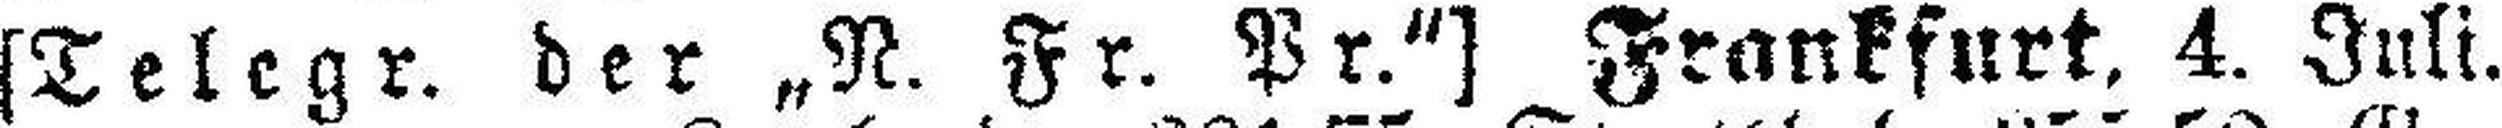
[Telegr. der „N. Fr. Pr“] Frankfurt. 4. Juli.